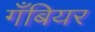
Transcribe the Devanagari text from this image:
गँबियर